Indian Medical Review
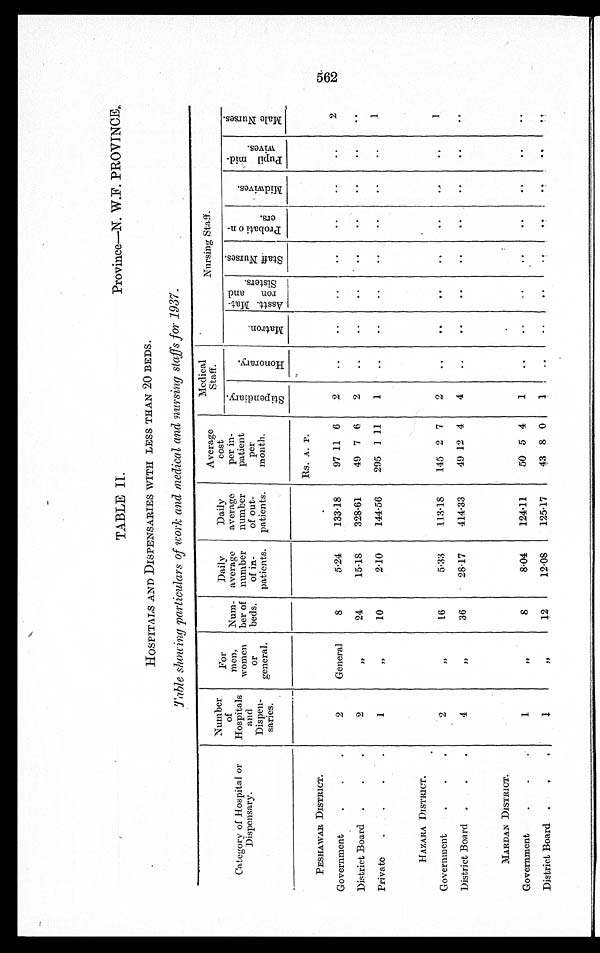
TABLE II.
Province—N. W.F. PROVINCE.
HOSPITALS AND DISPENSARIES WITH LESS THAN 20 BEDS.
Tables h o w i n g p a r t i c u l a r s o f w o r k a n d m e d i c a l a n d n u r s i n g s t a f f s f o r 1 9 3 7 .
Category of Hospital or
Dispensary.
Number o f
Hospitals
and
Dispen-
saries.
For
men,
women
or
general.
Num-
ber of
beds.
Daily
average
number
of in-
patients.
Daily
average
number
of out-
patients.
Average
cost
per in-
patient
per
month
Medical
Staff.
Nursing Staff.
S t i p e n d i a r y .
H o n o r a r y .
M a t r o n .
As s t t . Mat -
ron and
Sisters.
S t a f f N u r s e s .
P r o b a t i o n -
e r s
M i d w i v e s .
P u p i l m i d -
wi v e s .
M a l e N u r s e s .
Rs. A. P.
PESHAWAR DISTRICT.
Government
2
General
8
5.24
133.18
97 11 6 2
2
District Board
2
„
24
15.18
328.61 49 7 6 2
Private
1
„ 10
2.10
144.56 295 1 11 1
1
HAZARA DI STRI CT.
Government
2
„ 16
5.33
113.18 145 2 7 2
1
District Board
4
„ 36
28.17
414.33
49 12 4 4
MARDAN DISTRICT.
Government
1
„
8
8.04
124.11
50 5 4 1
District Board
1
„ 12
12.08 125.17
43 8 0
1